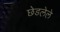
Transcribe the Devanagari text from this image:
छेडलेले